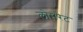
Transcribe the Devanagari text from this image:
लोमरेट